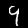
Digit: 9